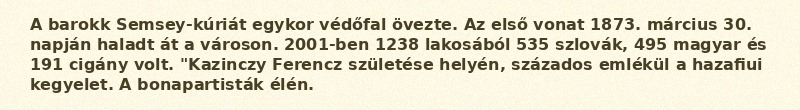
A barokk Semsey-kúriát egykor védőfal övezte. Az első vonat 1873. március 30. napján haladt át a városon. 2001-ben 1238 lakosából 535 szlovák, 495 magyar és 191 cigány volt. "Kazinczy Ferencz születése helyén, százados emlékül a hazafiui kegyelet. A bonapartisták élén.